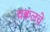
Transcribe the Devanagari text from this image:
चक्वलचे